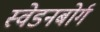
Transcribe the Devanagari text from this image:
स्वेडनबोर्ग